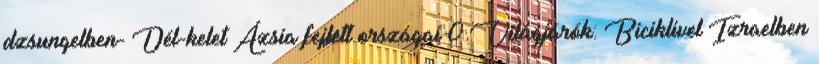
dzsungelben- Dél-kelet Ázsia fejlett országai 0 Világjárók: Biciklivel Izraelben